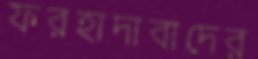
ফরহাদাবাদের